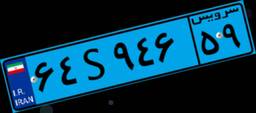
۶۴S۹۴۶۵۹